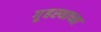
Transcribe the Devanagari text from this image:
गृ्हस्थाच्या